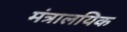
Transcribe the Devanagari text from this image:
मंत्रालयिक